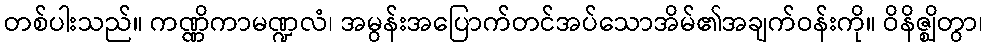
တစ်ပါးသည်။ ကဏ္ဏိကာမဏ္ဍလံ၊ အမွန်းအပြောက်တင်အပ်သောအိမ်၏အချက်ဝန်းကို။ ဝိနိဇ္ဈိတွာ၊